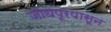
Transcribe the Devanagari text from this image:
जोधपूरपासून